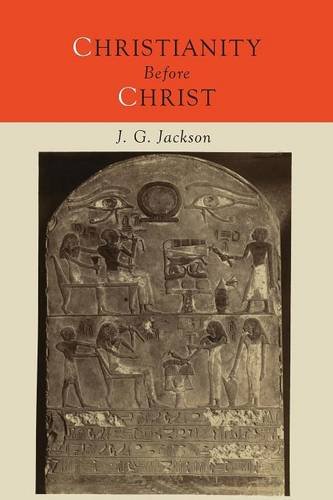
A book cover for Christianity Before Christ; John G. Jackson; Religion & Spirituality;